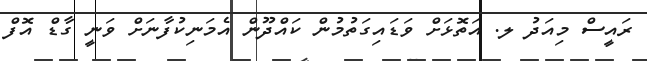
ރައީސް މިއަދު ލ. އަތޮޅަށް ވަޑައިގަތުމުން ކައްދޫން އެމަނިކުފާނަށް ވަނީ ގާޑް އޮފް